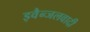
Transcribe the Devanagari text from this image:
इवैन्जलवादी